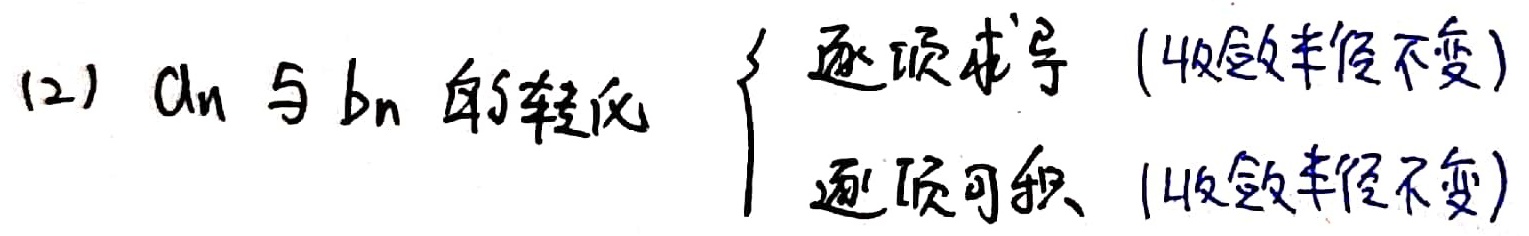
(2) \(a_n\)与\(b_n\)的性质\(\begin{cases} \text{逐项求导（收敛半径不变）}\\ \text{逐项可积（收敛半径不变）} \end{cases}\)